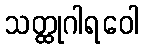
သတ္ထုဂါရဝေါ